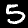
Label: 5